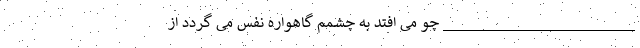
________________________ چو می اُفتد به چشمم گاهواره نفس می گردد از